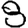
Digit: 8